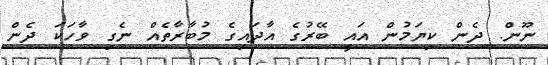
ނޫން. ދެން ކިޔަމުން އައީ ބޭރުގެ އާދައިގެ މުބާރާތެއް ނެގި ވާހަކަ ދެން